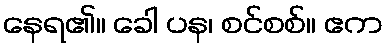
နေရ၏။ ခေါ ပန၊ စင်စစ်။ ဧက